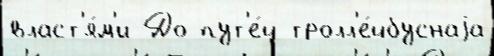
власт'я́м'и До пут'е́й тролл'е́йбуснаjа